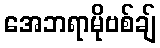
အေဘရာမိုဗစ်ချ်